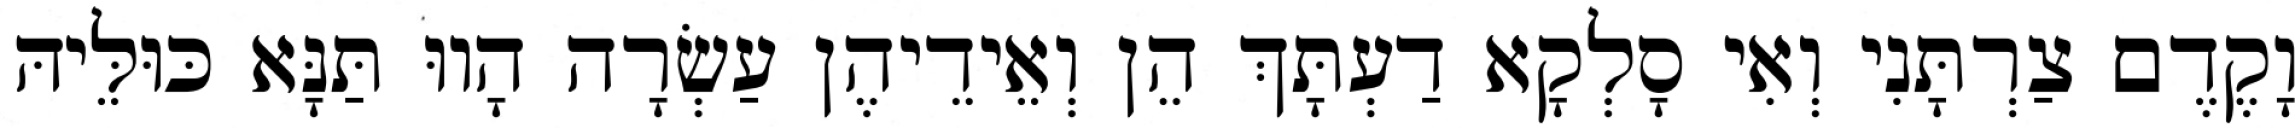
וָקֶדֶם צַרְתָּנִי וְאִי סָלְקָא דַעְתָּךְ הֵן וְאֵידֵיהֶן עַשְׂרָה הָווּ תַּנָּא כּוּלֵּיהּ